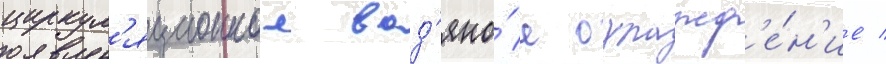
циркул'яционное вод'яно́е охлажд'е́н'ие /